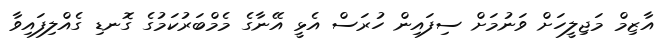
އާޒިމް މަޖިލީހަށް ވަނުމަށް ސިފައިން ހުރަސް އެޅީ އޭނާގެ މެމްބަރުކަމުގެ ގޮނޑި ގެއްލިފައިވާ